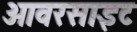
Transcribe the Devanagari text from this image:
ओवरसाइट